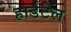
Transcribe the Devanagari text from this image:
हार्डटेल